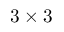
3 \times 3